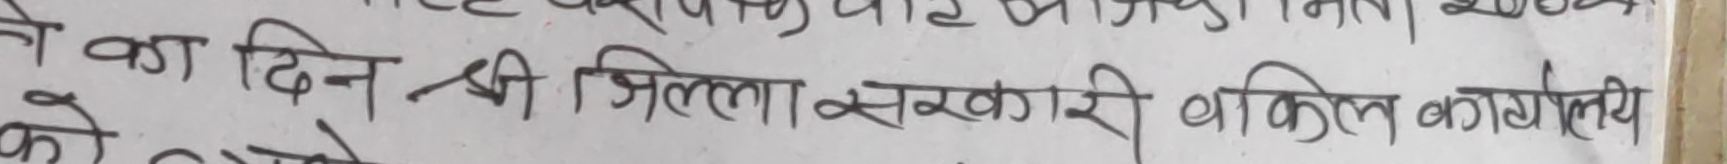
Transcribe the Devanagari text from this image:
ने वह दिन श्री जिला सरकारी वकिल कार्यालय